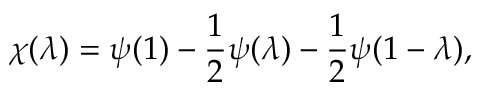
\chi ( \lambda ) = \psi ( 1 ) - { \frac { 1 } { 2 } } \psi ( \lambda ) - { \frac { 1 } { 2 } } \psi ( 1 - \lambda ) ,